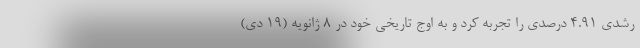
رشدی ۴.۹۱ درصدی را تجربه کرد و به اوج تاریخی خود در ۸ ژانویه (۱۹ دی)